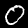
Label: 0